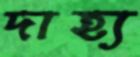
দাহ্য